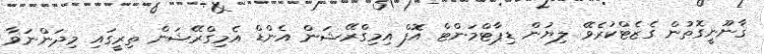
ޤާނޫނީގޮތުން ގެޒެޓްކުރެވޭ ލިޔުން ޑިޕާޓްމަންޓް އޮފް އިމިގްރޭޝަން އެންޑް އެމިގްރޭޝަން ތިރީގައި މިދަންނަވާ